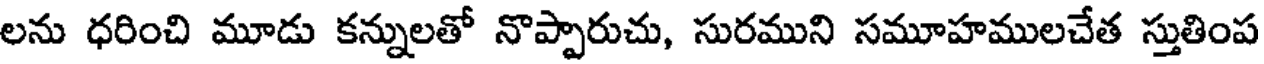
లను ధరించి మూడు కన్నులతో నొప్పారుచు, సురముని సమూహములచేత స్తుతింప